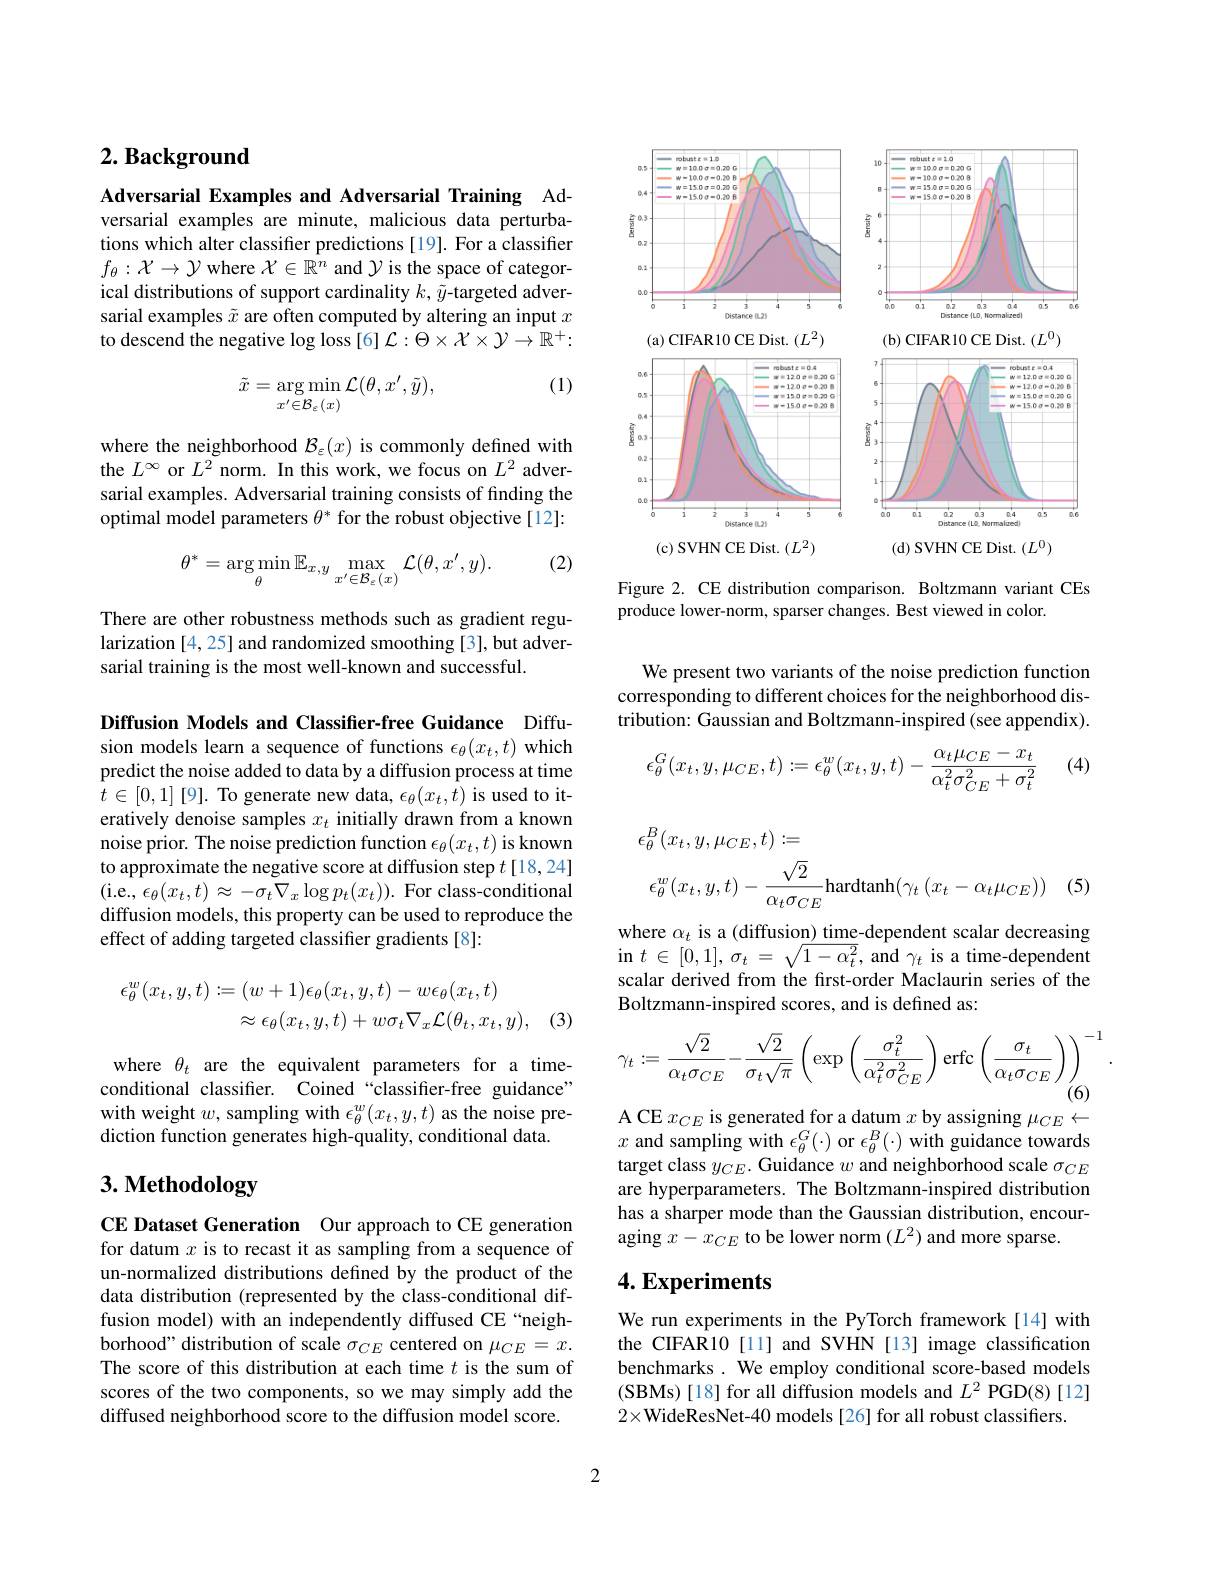
## $2. \textbf{ Background}$

Adversarial Examples and Adversarial Training Adversarial examples are minute, malicious data perturbations which alter classifer predictions [19]. For a classifier $f_\theta:\mathcal{X}\to\mathcal{Y}$ where $\mathcal{X}\in\mathbb{R}^n$ and $\mathcal{Y}$ is the space of categorical distributions of support cardinality $k,\tilde{y}$-targeted adversarial examples $\tilde{x}$ are often computed by altering an input $x$ to descend the negative log loss [6] $\mathcal{L}:\Theta\times\mathcal{X}\times\mathcal{Y}\to\mathbb{R}^+:$

(1)
$$\tilde{x}=\arg\min_{x'\in\mathcal{B}_{\varepsilon}(x)}\mathcal{L}(\theta,x',\tilde{y}),$$
where the neighborhood $\mathcal{B}_\varepsilon(x)$ is commonly defined with the $L^\infty$ or $L^2$ norm. In this work, we focus on $L^2$ adversarial examples. Adversarial training consists of finding the optimal model parameters $\theta^*$ for the robust objective[12]:

(2)
$$\theta^*=\underset{\theta}{\arg\min}\mathbb{E}_{x,y}\max_{x^{\prime}\in\mathcal{B}_{\varepsilon}(x)}\mathcal{L}(\theta,x^{\prime},y).$$
There are other robustness methods such as gradient regularization [4,25] and randomized smoothing [3], but adversarial training is the most well-known and successful.

<FigureHere>

Figure 2. CE distribution comparison. Boltzmann variant CEs
produce lower-norm, sparser changes. Best viewed in color.

We present two variants of the noise prediction function corresponding to different choices for the neighborhood distribution: Gaussian and Boltzmann-inspired (see appendix).

(4)
$$\epsilon_\theta^G(x_t,y,\mu_{CE},t):=\epsilon_\theta^w(x_t,y,t)-\frac{\alpha_t\mu_{CE}-x_t}{\alpha_t^2\sigma_{CE}^2+\sigma_t^2}$$
Diffusion Models and Classifier-free Guidance Diffusion models learn a sequence of functions $\epsilon_\theta(x_t,t)$ which predict the noise added to data by a diffusion process at time $t\in[0,1][9].$ To generate new data, $\epsilon_\theta(x_t,t)$ is used to iteratively denoise samples $x_t$ initially drawn from a known noise prior. The noise prediction function $\epsilon_\theta(x_t,t)$ is known to approximate the negative score at diffusion step $t[18,24]$ (i.e$,\epsilon_\theta(x_t,t)\approx-\sigma_t\nabla_x\log p_t(x_t)).$ For class-conditional diffusion models, this property can be used to reproduce the effect of adding targeted classifier gradients [8]:
$$\begin{aligned}\epsilon_{\theta}^{w}(x_{t},y,t)&:=(w+1)\epsilon_{\theta}(x_{t},y,t)-w\epsilon_{\theta}(x_{t},t)\\&\approx\epsilon_{\theta}(x_{t},y,t)+w\sigma_{t}\nabla_{x}\mathcal{L}(\theta_{t},x_{t},y),\end{aligned}$$
(3)

where $\theta_t$ are the equivalent parameters for a timeconditional classifier. Coined “classifier-free guidance” with weight $w$, sampling with $\epsilon_\theta^w(x_t,y,t)$ as the noise prediction function generates high-quality, conditional data.

# 3. Methodology

CE Dataset Generation Our approach to CE generation for datum $x$ is to recast it as sampling from a sequence of un-normalized distributions defined by the product of the data distribution (represented by the class-conditional diffusion model) with an independently diffused CE“neighborhood" distribution of scale $\sigma_CE$ centered on $\mu_CE=x.$ The score of this distribution at each time $t$ is the sum of scores of the two components, so we may simply add the diffused neighborhood score to the diffusion model score.
$$\begin{aligned}&\epsilon_{\theta}^{B}(x_{t},y,\mu_{CE},t):=\\&\epsilon_{\theta}^{w}(x_{t},y,t)-\frac{\sqrt{2}}{\alpha_{t}\sigma_{CE}}\mathrm{hardtanh}(\gamma_{t}\:(x_{t}-\alpha_{t}\mu_{CE}))\\\end{aligned}$$
(5

where $\alpha_t$ is a (diffusion) time-dependent scalar decreasing in $t\in[0,1],\sigma_{t}=\sqrt{1-\alpha_{t}^{2}}$,and $\gamma_{t}$ is a time-dependent scalar derived from the frst-order Maclaurin series of the Boltzmann-inspired scores, and is defined as:
$$\gamma_t:=\dfrac{\sqrt{2}}{\alpha_t\sigma_{CE}}-\dfrac{\sqrt{2}}{\sigma_t\sqrt{\pi}}\left(\exp\left(\dfrac{\sigma_t^2}{\alpha_t^2\sigma_{CE}^2}\right)\text{erfc}\left(\dfrac{\sigma_t}{\alpha_t\sigma_{CE}}\right)\right)^{-1}.$$
A CE $x_CE$ is generated for a datum $x$ by assigning $\mu_CE\leftarrow$

$x$ and sampling with $\epsilon_\theta^G(\cdot)$ or $\epsilon_\theta^B(\cdot)$ with guidance towards target class $y_CE.$ Guidance $w$ and neighborhood scale $\sigma_CE$ are hyperparameters. The Boltzmann-inspired distribution has a sharper mode than the Gaussian distribution, encouraging $x-x_CE$ to be lower norm $(L^2)$ and more sparse.

## $4. \textbf{Experiments}$

We run experiments in the PyTorch framework[14] with the CIFAR10[11] and SVHN [13] image classification benchmarks. We employ conditional score-based models ( SBMs) [ 18] for all diffusion models and $L^{2}$ PGD(8)[12] $2\times$WideResNet-40 models[26] for all robust classifiers.

2